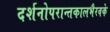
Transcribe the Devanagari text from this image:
दर्शनोपरान्तकालभैरवके